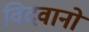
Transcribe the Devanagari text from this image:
विदवानो